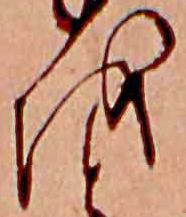
を